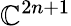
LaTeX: \mathbb{C}^{2n+1}